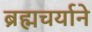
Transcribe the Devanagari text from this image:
ब्रह्मचर्याने